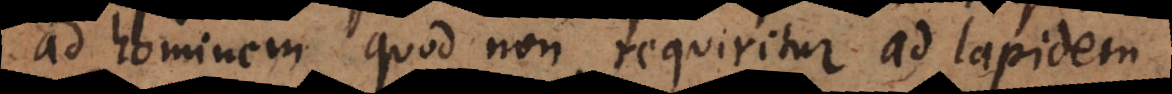
ad hominem quod non requiritur ad lapidem.